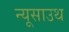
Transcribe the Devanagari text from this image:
न्यूसाउथ